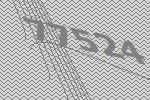
77524